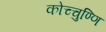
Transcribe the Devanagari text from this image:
कोच्चुण्णि